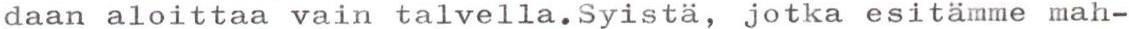
daan aloittaa vain talvella.Syistä, jotka esitämme mah-